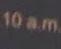
10